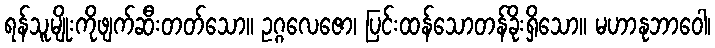
ရန်သူမျိုးကိုဖျက်ဆီးတတ်သော။ ဥဂ္ဂလေဇော၊ ပြင်းထန်သောတန်ခိုးရှိသော။ မဟာနုဘာဝေါ၊